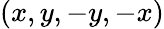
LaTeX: (x,y,-y,-x)